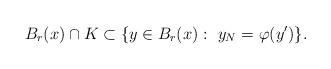
LaTeX: \begin{align*}B_r(x)\cap K\subset \{y\in B_r(x):\ y_N=\varphi(y')\}.\end{align*}